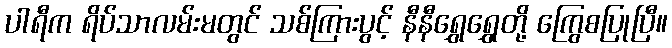
ပါရီက ရိပ်သာလမ်းမတွင် သစ်ကြားပွင့် နီနီရွှေရွှေတို့ ကြွေစပြုပြီ။